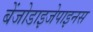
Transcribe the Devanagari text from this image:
बेंजोडाइजेपाइनस